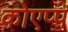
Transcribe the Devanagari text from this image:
कोएप्प